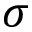
\sigma